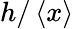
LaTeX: h/\left\langle{x}\right\rangle